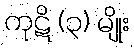
ကုဋိ (၃) မျိုး